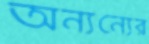
অন্যন্যের